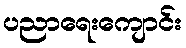
ပညာရေးကျောင်း